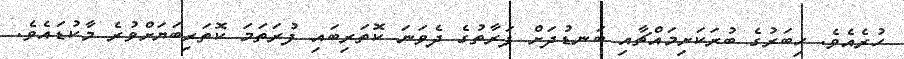
ހުރެއެވެ. ހިބަރުގެ ބުރަކަށިމައްޗާއި ބަނޑުދަށް ފަރާތުގެ ދެވަނަ ކޮތަރިބައި ފުރަތަމަ ކޮތަރިބަޔަށްވުރެ މާކުޑައެވެ.